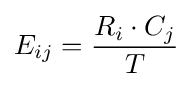
E_{ij}={\frac {R_{i}\cdot C_{j}}{T}}